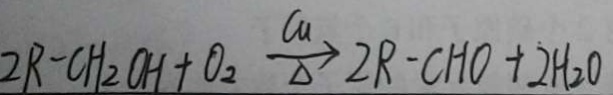
2 R - C H _ { 2 } O H + O _ { 2 } \xrightarrow [ \Delta ] { C u } 2 R - C H O + 2 H _ { 2 } O